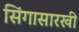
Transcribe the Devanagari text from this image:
सिंगासारखी